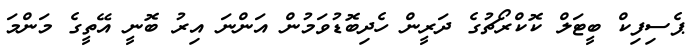
ޕެސިފިކް ބީޓަލް ކޮކްރޯޗުގެ ދަރީން ހެދިބޮޑުވަމުން އަންނަ އިރު ބޮނީ އޭތީގެ މަންމަ